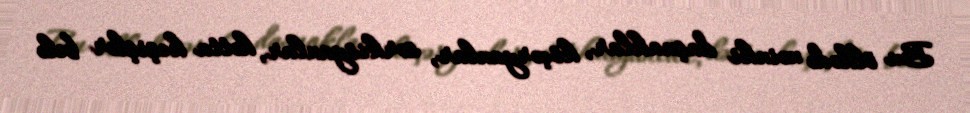
Bu ölkədə nəinki daşnaklar, köçəryanlar, sərkisyanlar, hətta keşişlər belə